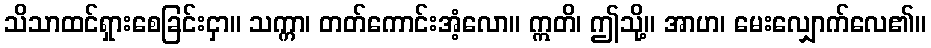
သိသာထင်ရှားစေခြင်းငှာ။ သက္ကာ၊ တတ်ကောင်းအံ့လော။ ဣတိ၊ ဤသို့။ အာဟ၊ မေးလျှောက်လေ၏။